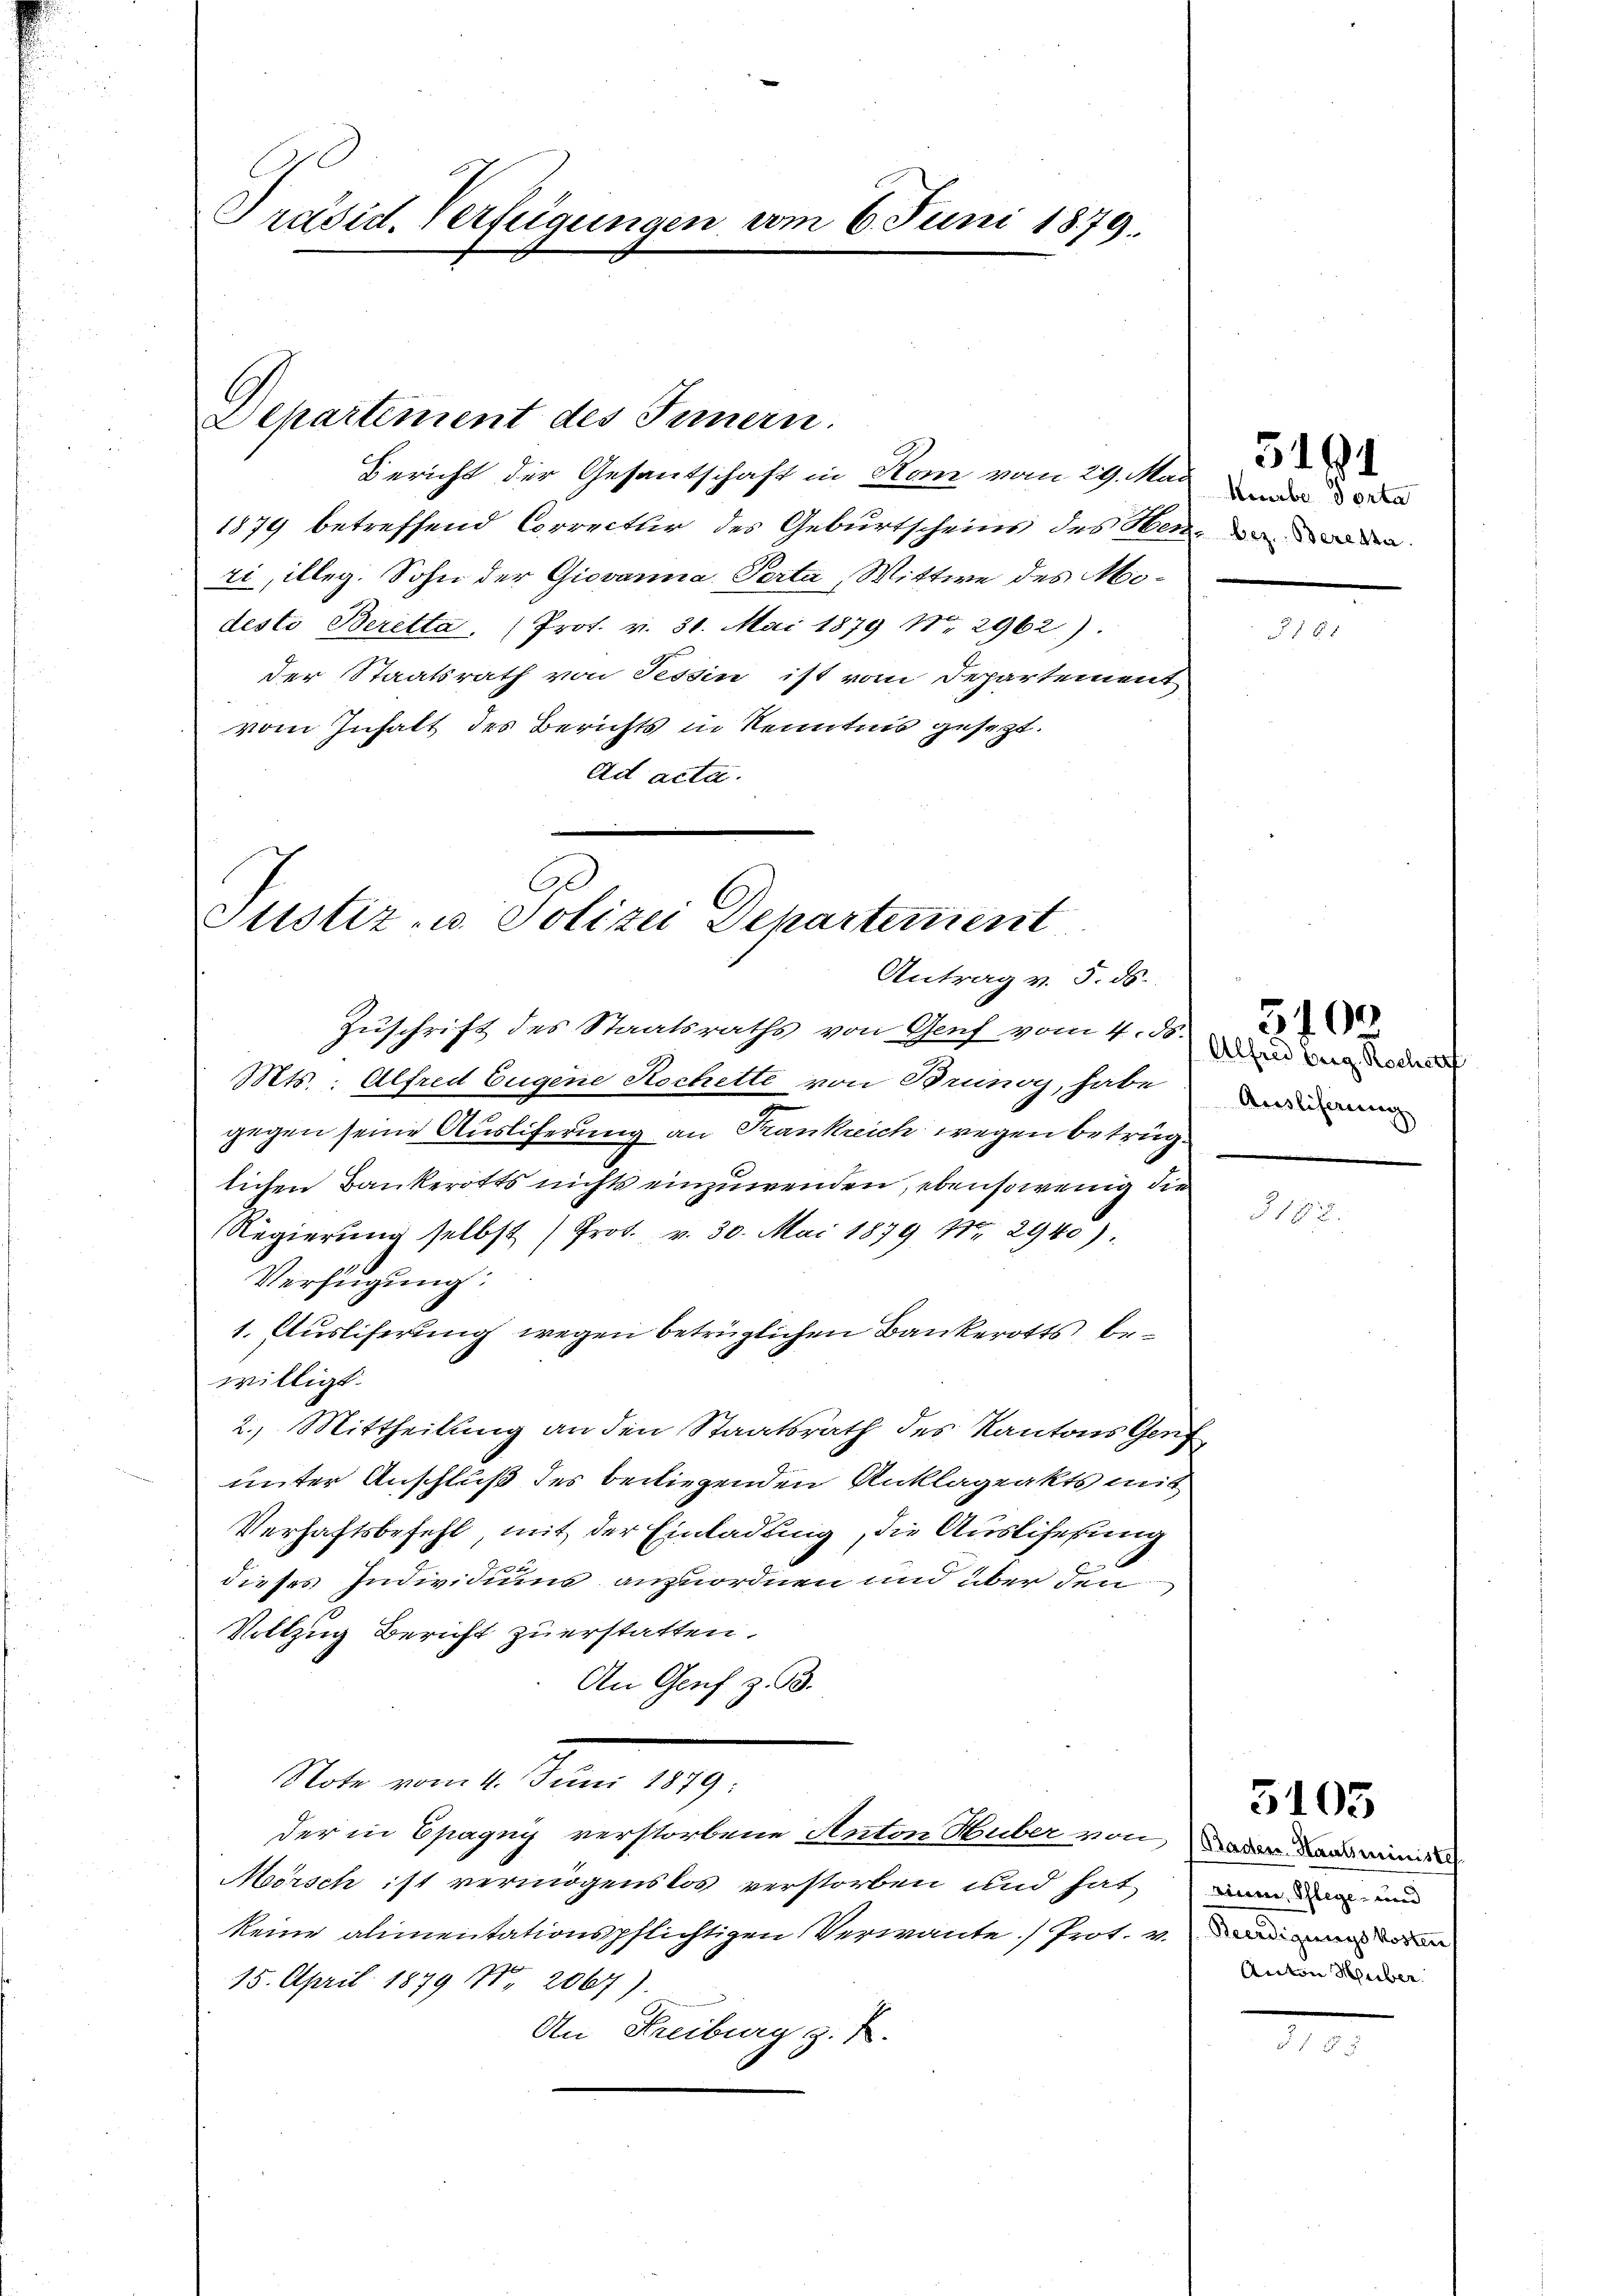
Präsid. Verfügungen vom 6. Juni 1879.

Departement des Innern.

Bericht der Gesandschaft in Kom vom 29. Mai d
1879 betreffend Correctur des Geburtscheins des Heide de
zi, illeg. Sohn der Giovaria Porta, Wittwe des Modesto Beretta. (Prot. v. 31. Mai 1879 No 2962).
der Staatsrath von Tessin ist vom Departement
vom Inhalt des Berichts in Kenntnis gesezt.
Ad acta.

Al
Justiz- u. Polizei Departement
Antrag v. 5. ds.

Zuschrift des Staatsraths von Genf vom 1. und der oder
Mts: Alfred Eugene Kochette von Brunoy, habe
gegen seine Auslieferung an Frankreich wegen betrüglichen Bankerotts nichts einzuwenden, ebensowenig die
Regierŭng selbst (Prot. v. 30. Mai 1879 Nr. 2940).
Verfügung:
1. Ausliferung wegen betrüglichen Bankerotts bewilligt.
2.) Mittheilung an den Staatsrath des Kantons Genf
unter Anschluß des beiliegenden Anklageakts mit
Verhaftsbefehl, mit der Einladung, die Auslifekung
dieses Individuums anzuordnen und über den
Vollzug Bericht zu erstatten.
An Genf z. B.
Note vom 4. Juni
der in Spagny verstorbene Anton Huber von der dann minist
Mörsch ist vermögenslos verstorben und hat, an den un
keine alimentationspflichtigen Verwante Prot. v. An den
15. April 1879 N. 2067).
An Freiburg z. B.

5191

18 x

Ausliserung

§187

2400

Anton Huber

5105